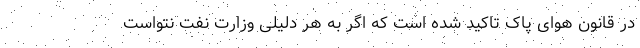
در قانون هوای پاک تاکید شده است که اگر به هر دلیلی وزارت نفت نتواست